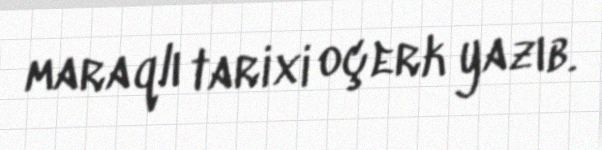
maraqlı tarixi oçerk yazıb.